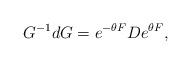
\begin{align*}G^{-1}d G=e^{-\theta F} D e^{\theta F}, \end{align*}